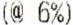
(@ 6%)